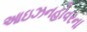
આઇઝનહોવરના